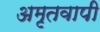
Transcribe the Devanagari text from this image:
अमृतवापी